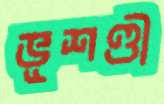
ভূশণ্ডী